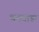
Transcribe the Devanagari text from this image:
धनवाडा